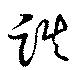
跌